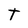
Character: t